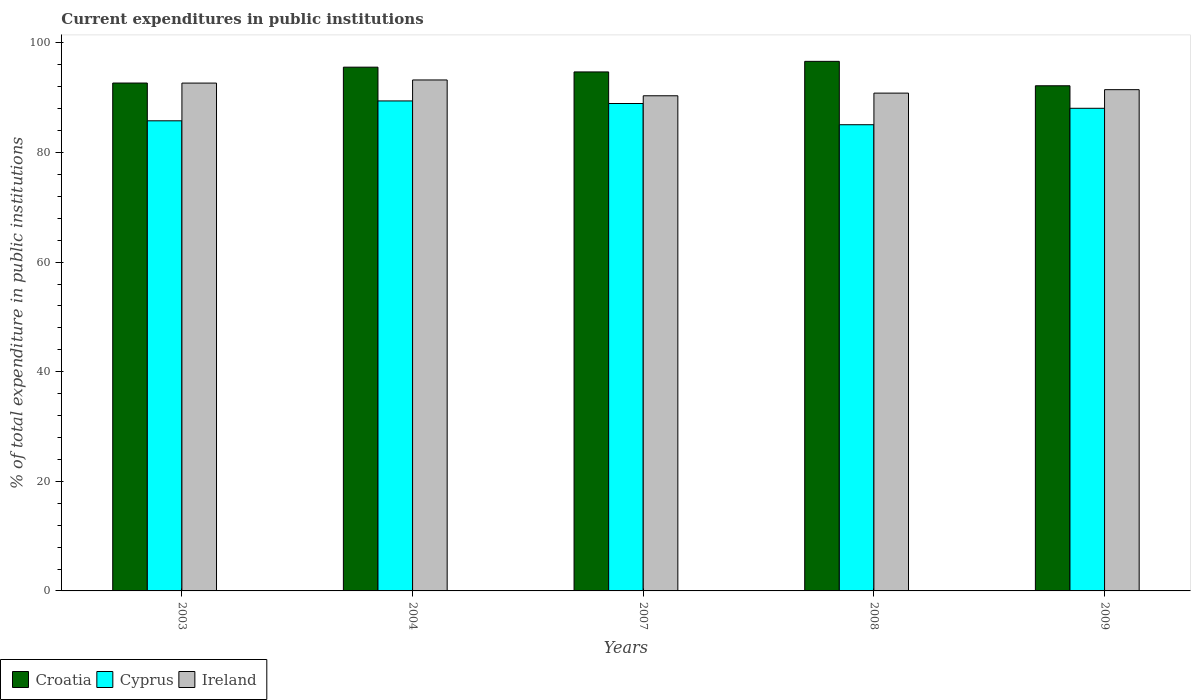
| Years | Croatia | Cyprus | Ireland |
 | --- | --- | --- | --- |
 | 2003 | 92.7 | 85.8 | 92.7 |
 | 2004 | 95.6 | 89.4 | 93.2 |
 | 2007 | 94.7 | 88.9 | 90.4 |
 | 2008 | 96.6 | 85.1 | 90.8 |
 | 2009 | 92.2 | 88.1 | 91.5 |